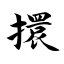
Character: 擐